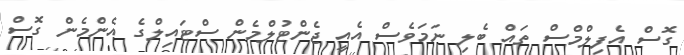
ގޮސް އެފިލްމްސް ތައް ބެލި ނަމަވެސް އެއީ ޖެންޓުލްމެން ސްޓައިލްގެ އެންމެން ގޮސް